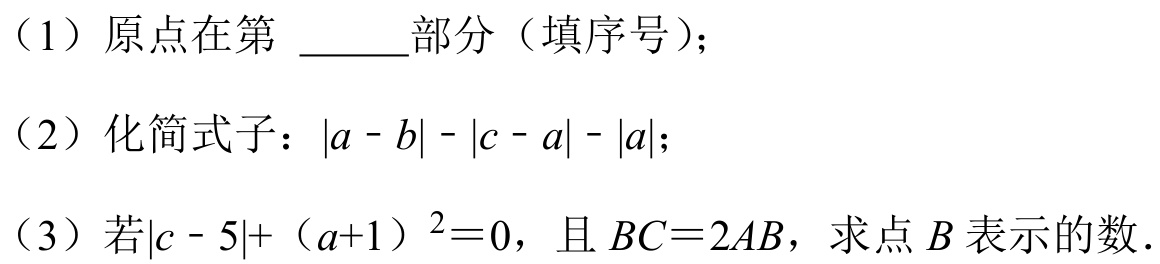
（1）原点在第 $\underline{\quad\quad}$部分（填序号）；
（2）化简式子：\(\vert a - b\vert-\vert c - a\vert-\vert a\vert\)；
（3）若\(\vert c - 5\vert+(a + 1)^{2}=0\)，且 \(BC = 2AB\)，求点 \(B\) 表示的数.